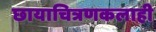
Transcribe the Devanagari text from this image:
छायाचित्रणकलाही